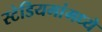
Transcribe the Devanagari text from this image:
स्टेडियमांमध्ये